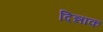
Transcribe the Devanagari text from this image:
दिन्नाक